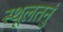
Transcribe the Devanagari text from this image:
स्थूलतनुं